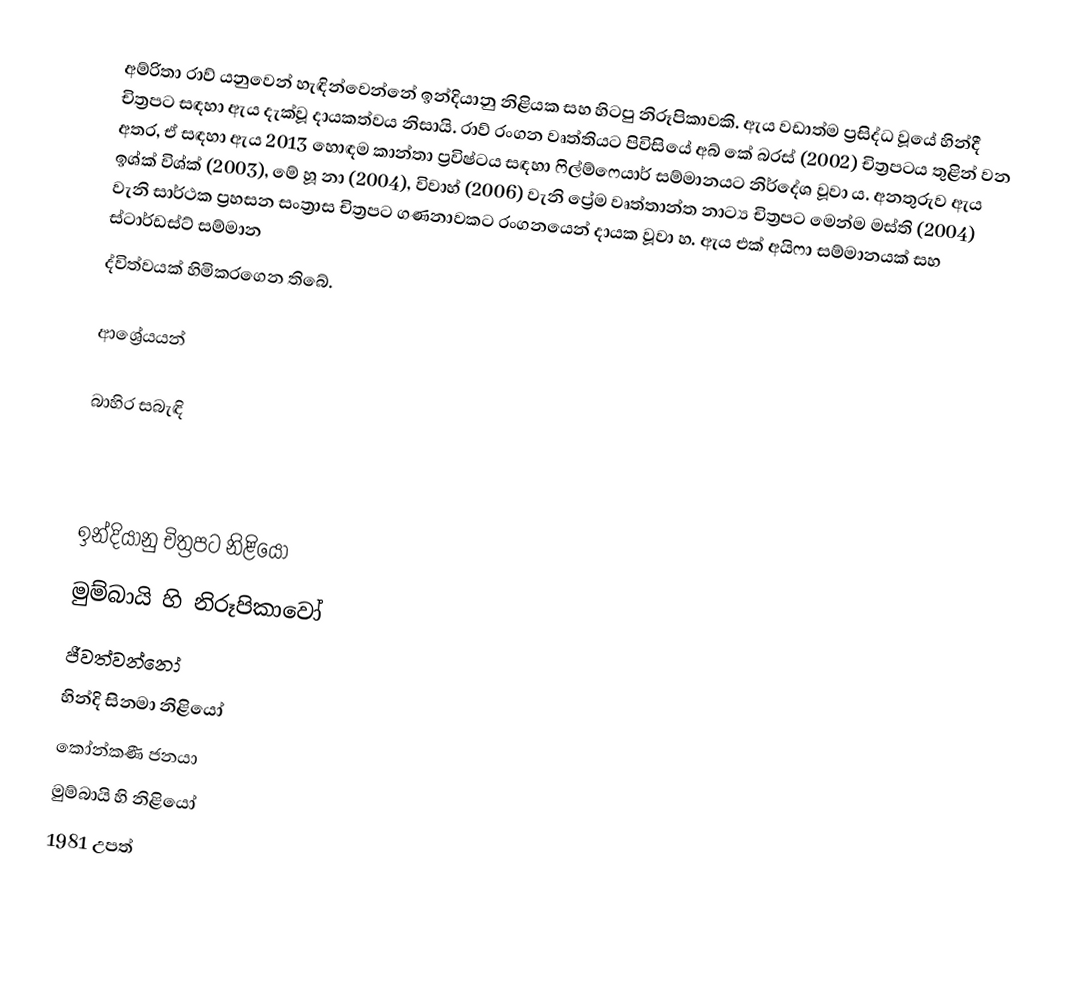
අම්රිතා රාව් යනුවෙන් හැඳින්වෙන්නේ ඉන්දියානු නිළියක සහ හිටපු නිරූපිකාවකි. ඇය වඩාත්ම ප්‍රසිද්ධ වූයේ හින්දී චිත්‍රපට සඳහා ඇය දැක්වූ දායකත්වය නිසායි. රාව් රංගන වෘත්තියට පිවිසියේ අබ් කේ බරස් (2002) චිත්‍රපටය තුළින් වන අතර, ඒ සඳහා ඇය 2013 හොඳම කාන්තා ප්‍රවිෂ්ටය සඳහා ෆිල්ම්ෆෙයාර් සම්මානයට නිර්දේශ වූවා ය. අනතුරුව ඇය ඉශ්ක් විශ්ක් (2003), මේ හූ නා (2004), විවාහ් (2006) වැනි ප්‍රේම වෘත්තාන්ත නාට්‍ය චිත්‍රපට මෙන්ම මස්ති (2004) වැනි සාර්ථක ප්‍රහසන සංත්‍රාස චිත්‍රපට ගණනාවකට රංගනයෙන් දායක වූවා හ. ඇය එක් අයිෆා සම්මානයක් සහ ස්ටාර්ඩස්ට් සම්මාන
ද්විත්වයක් හිමිකරගෙන තිබේ.

ආශ්‍රේයයන්

බාහිර සබැඳි

ඉන්දියානු චිත්‍රපට නිළියෝ
මුම්බායි හි නිරූපිකාවෝ
ජීවත්වන්නෝ
හින්දි සිනමා නිළියෝ
කෝන්කණී ජනයා
මුම්බායි හි නිළියෝ
1981 උපත්